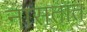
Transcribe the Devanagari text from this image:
नासतात